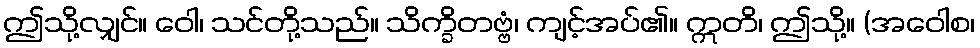
ဤသို့လျှင်။ ဝေါ၊ သင်တို့သည်။ သိက္ခိတဗ္ဗံ၊ ကျင့်အပ်၏။ ဣတိ၊ ဤသို့။ (အဝေါစ၊